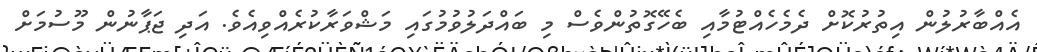
އެއްބާރުލުން އިތުރުކޮށް ދެމެހެއްޓުމާއި ބެހޭގޮތުންވެސް މި ބައްދަލުވުމުގައި މަޝްވަރާކުރެއްވިއެވެ. އަދި ޖަޕާނުން މޫސުމަށް